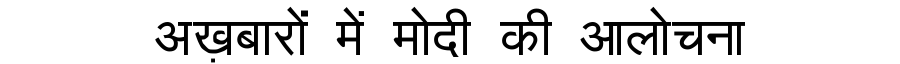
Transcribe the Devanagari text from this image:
अख़बारों में मोदी की आलोचना